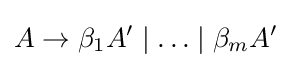
A\rightarrow \beta _{1}A^{\prime }\mid \ldots \mid \beta _{m}A^{\prime }